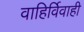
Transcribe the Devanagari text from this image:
वाहिर्विवाही